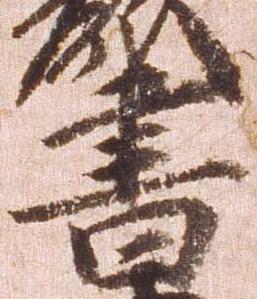
書